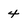
Character: 4